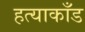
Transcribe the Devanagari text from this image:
हत्याकाँड